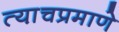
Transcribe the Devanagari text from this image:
त्या़चप्रमाणे